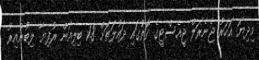
މިދިޔަ އަހަރު ޖެނެރަލް ޖީއެސްޓީގެ ގޮތުގައި ދައުލަތަށް 1.8 ބިލިއަން ރުފިޔާ ލިބުނުއިރު